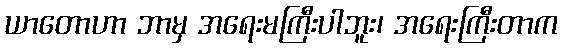
ယာတောဟာ ဘာမှ အရေးမကြီးပါဘူး၊ အရေးကြီးတာက